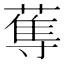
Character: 𱚡